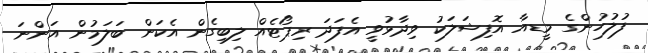
ފުލުހުންގެ މީޑއާ އޮފިޝަލަކު ވިދާޅުވީ އެފަދަ ރިޕޯޓެއް ލިބިގެން އެކަން ބަލަމުން އަންނަ